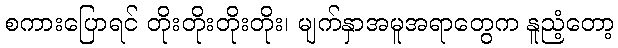
စကားပြောရင် တိုးတိုးတိုးတိုး၊ မျက်နှာအမူအရာတွေက နူညံ့တော့